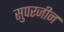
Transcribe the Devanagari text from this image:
सुपरजीन